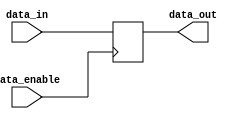
module data_enable_latch (
    input data_in,
    input data_enable,
    output reg data_out
);

always @(posedge data_enable) begin
    if (data_enable == 1'b1) begin
        data_out <= data_in;
    end
end

endmodule